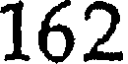
162